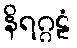
နိရဂ္ဂဠံ